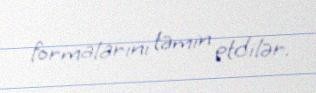
formalarını təmin etdilər.